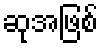
ဆုအဖြစ်